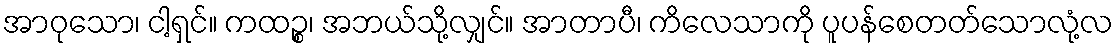
အာဝုသော၊ ငါ့ရှင်။ ကထဉ္စ၊ အဘယ်သို့လျှင်။ အာတာပီ၊ ကိလေသာကို ပူပန်စေတတ်သောလုံ့လ